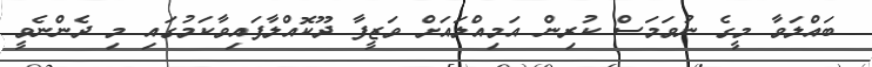
ބައްލަވާ މީގެ ނުވަމަސް ކުރިން އަމިއްލައަށް ވަޒީފާ ދޫކޮއްލާފައިވާކަމުގައި މި ދެންނެވީ